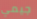
جيمي